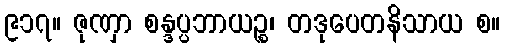
၉၁၇။ ဇုဏှာ စန္ဒပ္ပဘာယဉ္စ၊ တဒုပေတနိသာယ စ။